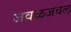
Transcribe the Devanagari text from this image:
जवळजवल